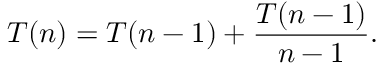
T ( n ) = T ( n - 1 ) + \frac { T ( n - 1 ) } { n - 1 } .